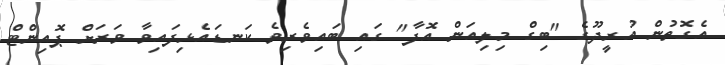
އެގޮތުން އުރީދޫގެ "ބިގް މިލިއަން އޮފާ" ގައި ބައިވެރިވެ ކަނޑައެޅިފައިވާ ވަރަށް ޕޮއިންޓް